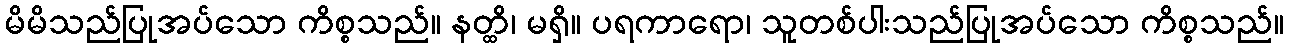
မိမိသည်ပြုအပ်သော ကိစ္စသည်။ နတ္ထိ၊ မရှိ။ ပရကာရော၊ သူတစ်ပါးသည်ပြုအပ်သော ကိစ္စသည်။